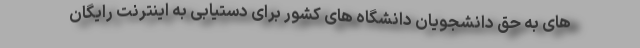
های به حق دانشجویان دانشگاه های کشور برای دستیابی به اینترنت رایگان